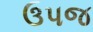
ઉપજ